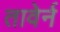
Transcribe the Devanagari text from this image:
तावेर्न